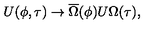
U ( \phi , \tau ) \rightarrow \overline { { \Omega } } ( \phi ) U \Omega ( \tau ) ,